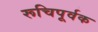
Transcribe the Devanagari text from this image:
रूचिपूर्वक